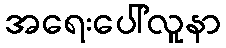
အရေးပေါ်လူနာ